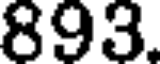
893.